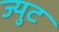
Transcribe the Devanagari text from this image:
ज्युट